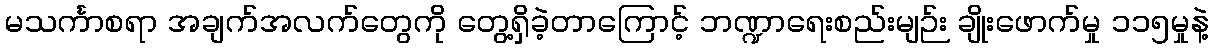
မသင်္ကာစရာ အချက်အလက်တွေကို တွေ့ရှိခဲ့တာကြောင့် ဘဏ္ဍာရေးစည်းမျဉ်း ချိုးဖောက်မှု ၁၁၅မှုနဲ့